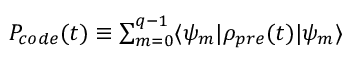
\begin{array} { r } { P _ { c o d e } ( t ) \equiv \sum _ { m = 0 } ^ { q - 1 } \langle \psi _ { m } | \rho _ { p r e } ( t ) | \psi _ { m } \rangle } \end{array}